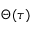
\Theta ( \tau )